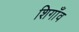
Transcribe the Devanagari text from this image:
शिगाँव